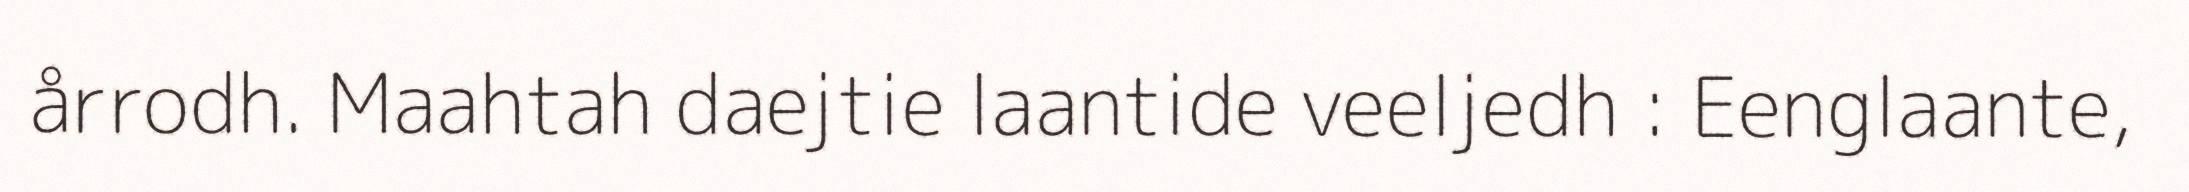
årrodh. Maahtah daejtie laantide veeljedh : Eenglaante,